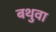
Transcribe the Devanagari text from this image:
बथुवा